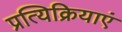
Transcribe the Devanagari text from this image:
प्रत्यिक्रियाएं